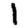
Digit: 1